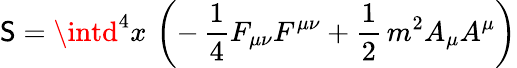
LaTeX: \mathsf{S}=\intd^{4}x\, \left(-\, \frac{{1}}{{4}}F_{\mu\nu}F^{\mu\nu}+\frac{{1}}{{2}}\, m^{2}A_{\mu}A^{\mu}\right)